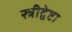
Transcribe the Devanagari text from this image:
स्त्रीद्वेष्टा